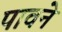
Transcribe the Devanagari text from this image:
पावने